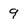
Character: 9